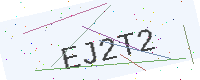
Text: EJ2T2